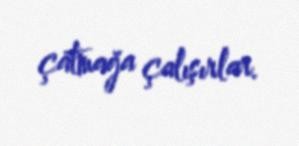
çatmağa çalışırlar.